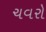
ચવરો